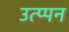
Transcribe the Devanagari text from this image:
उत्प्पन